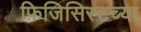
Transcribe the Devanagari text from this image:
फिजिसिस्टच्या